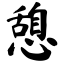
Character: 憩